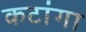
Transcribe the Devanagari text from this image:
कटांगा